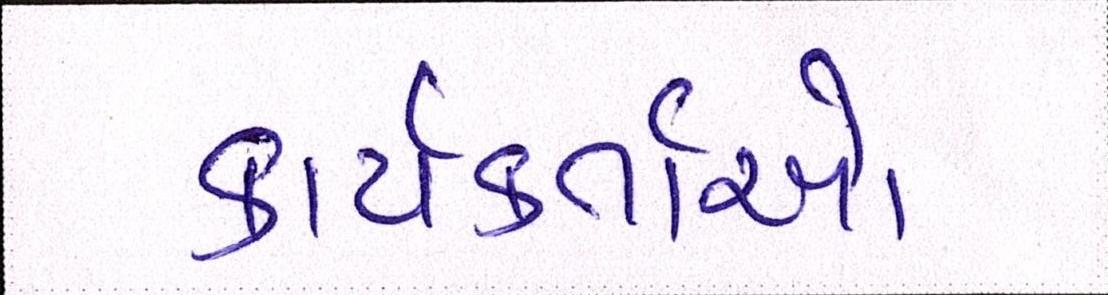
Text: કાર્યકર્તાઓ